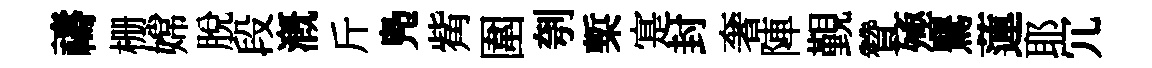
禱栅嫦脫段溉斤鳬觜圍刳槧寔封奢陣覲贊殛鸎蓮耶冗